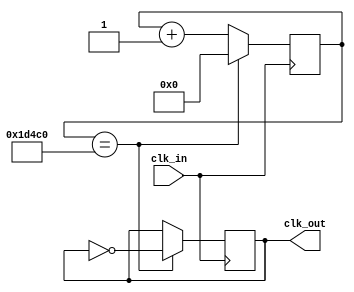
module clk100hz (
  input clk_in,
  output reg clk_out = 0
);

/* count = (clk_in / clk_out) */
/* Ejemplo 1 */
/* count = 25E6 = 25000000 = (25E6 Hz)/(1 Hz) */
/* SIZE = 2^25 = 33.5E6 lo contiene */
/* Ejemplo 2 */
/* count = (50E6 Hz)/(1 Hz) = 50E6 = 50000000 */
/* SIZE = 2^26 = 67.5E6 lo contiene */
/* Configuracin a 100 Hz */
/* count = (12E6 Hz)/(100 Hz) = 12E4 = 120000 */
/* SIZE = 2^17 = 131.072E3 lo contiene */

parameter SIZE = 17; 
parameter LIMIT = 17'd120000;

reg [SIZE-1:0] count = 0;

always@(posedge clk_in)
begin
  if(count == LIMIT)
  begin
    count <= 0;
    clk_out <= ~clk_out;
  end
  else
  begin
    count <= count + 1;
  end
end
endmodule